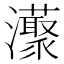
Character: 𤄓